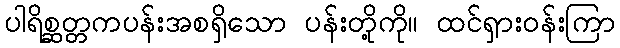
ပါရိစ္ဆတ္တကပန်းအစရှိသော ပန်းတို့ကို။ ထင်ရှားဝန်းကြာ